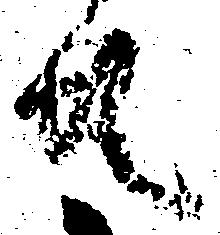
共